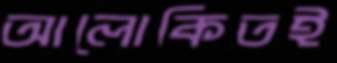
আলোকিতই